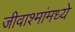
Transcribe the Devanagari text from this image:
जीवाश्मांमध्ये